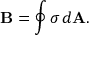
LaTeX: \mathbf { B } = \oint \sigma \, d \mathbf { A } .